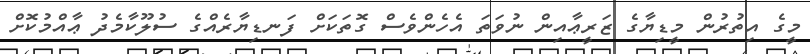
މީގެ އިތުރުން މީޑިޔާގެ ޒަރީޢާއިން ނުވަތަ އެހެންވެސް ގޮތަކަށް ފަނޑިޔާރެއްގެ ސުލޫކާމެދު ޢާއްމުކޮށް